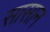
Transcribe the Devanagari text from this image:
सासान